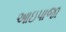
આઇપાજા